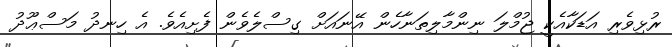
ރުޅިވެރި އަޑަކާއެކީ ޖުމްލަ ނިންމާލިތަނާހެން އޭނައަށް ގިސްލެވެން ފެށިއެވެ. އެ ހިނދު މަސްޢޫދު